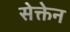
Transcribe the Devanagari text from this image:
सेक्तेन